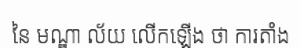
នៃ មណ្ឌា ល័យ លើកឡើង ថា ការតាំង